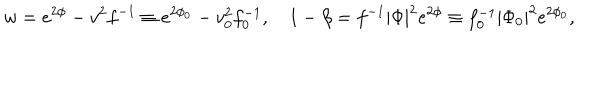
w = e ^ { 2 \phi } - v ^ { 2 } f ^ { - 1 } \equiv e ^ { 2 \phi _ { 0 } } - v _ { 0 } ^ { 2 } f _ { 0 } ^ { - 1 } , \quad 1 - \beta = f ^ { - 1 } | \Phi | ^ { 2 } e ^ { 2 \phi } \equiv f _ { 0 } ^ { - 1 } | \Phi _ { 0 } | ^ { 2 } e ^ { 2 \phi _ { 0 } } ,